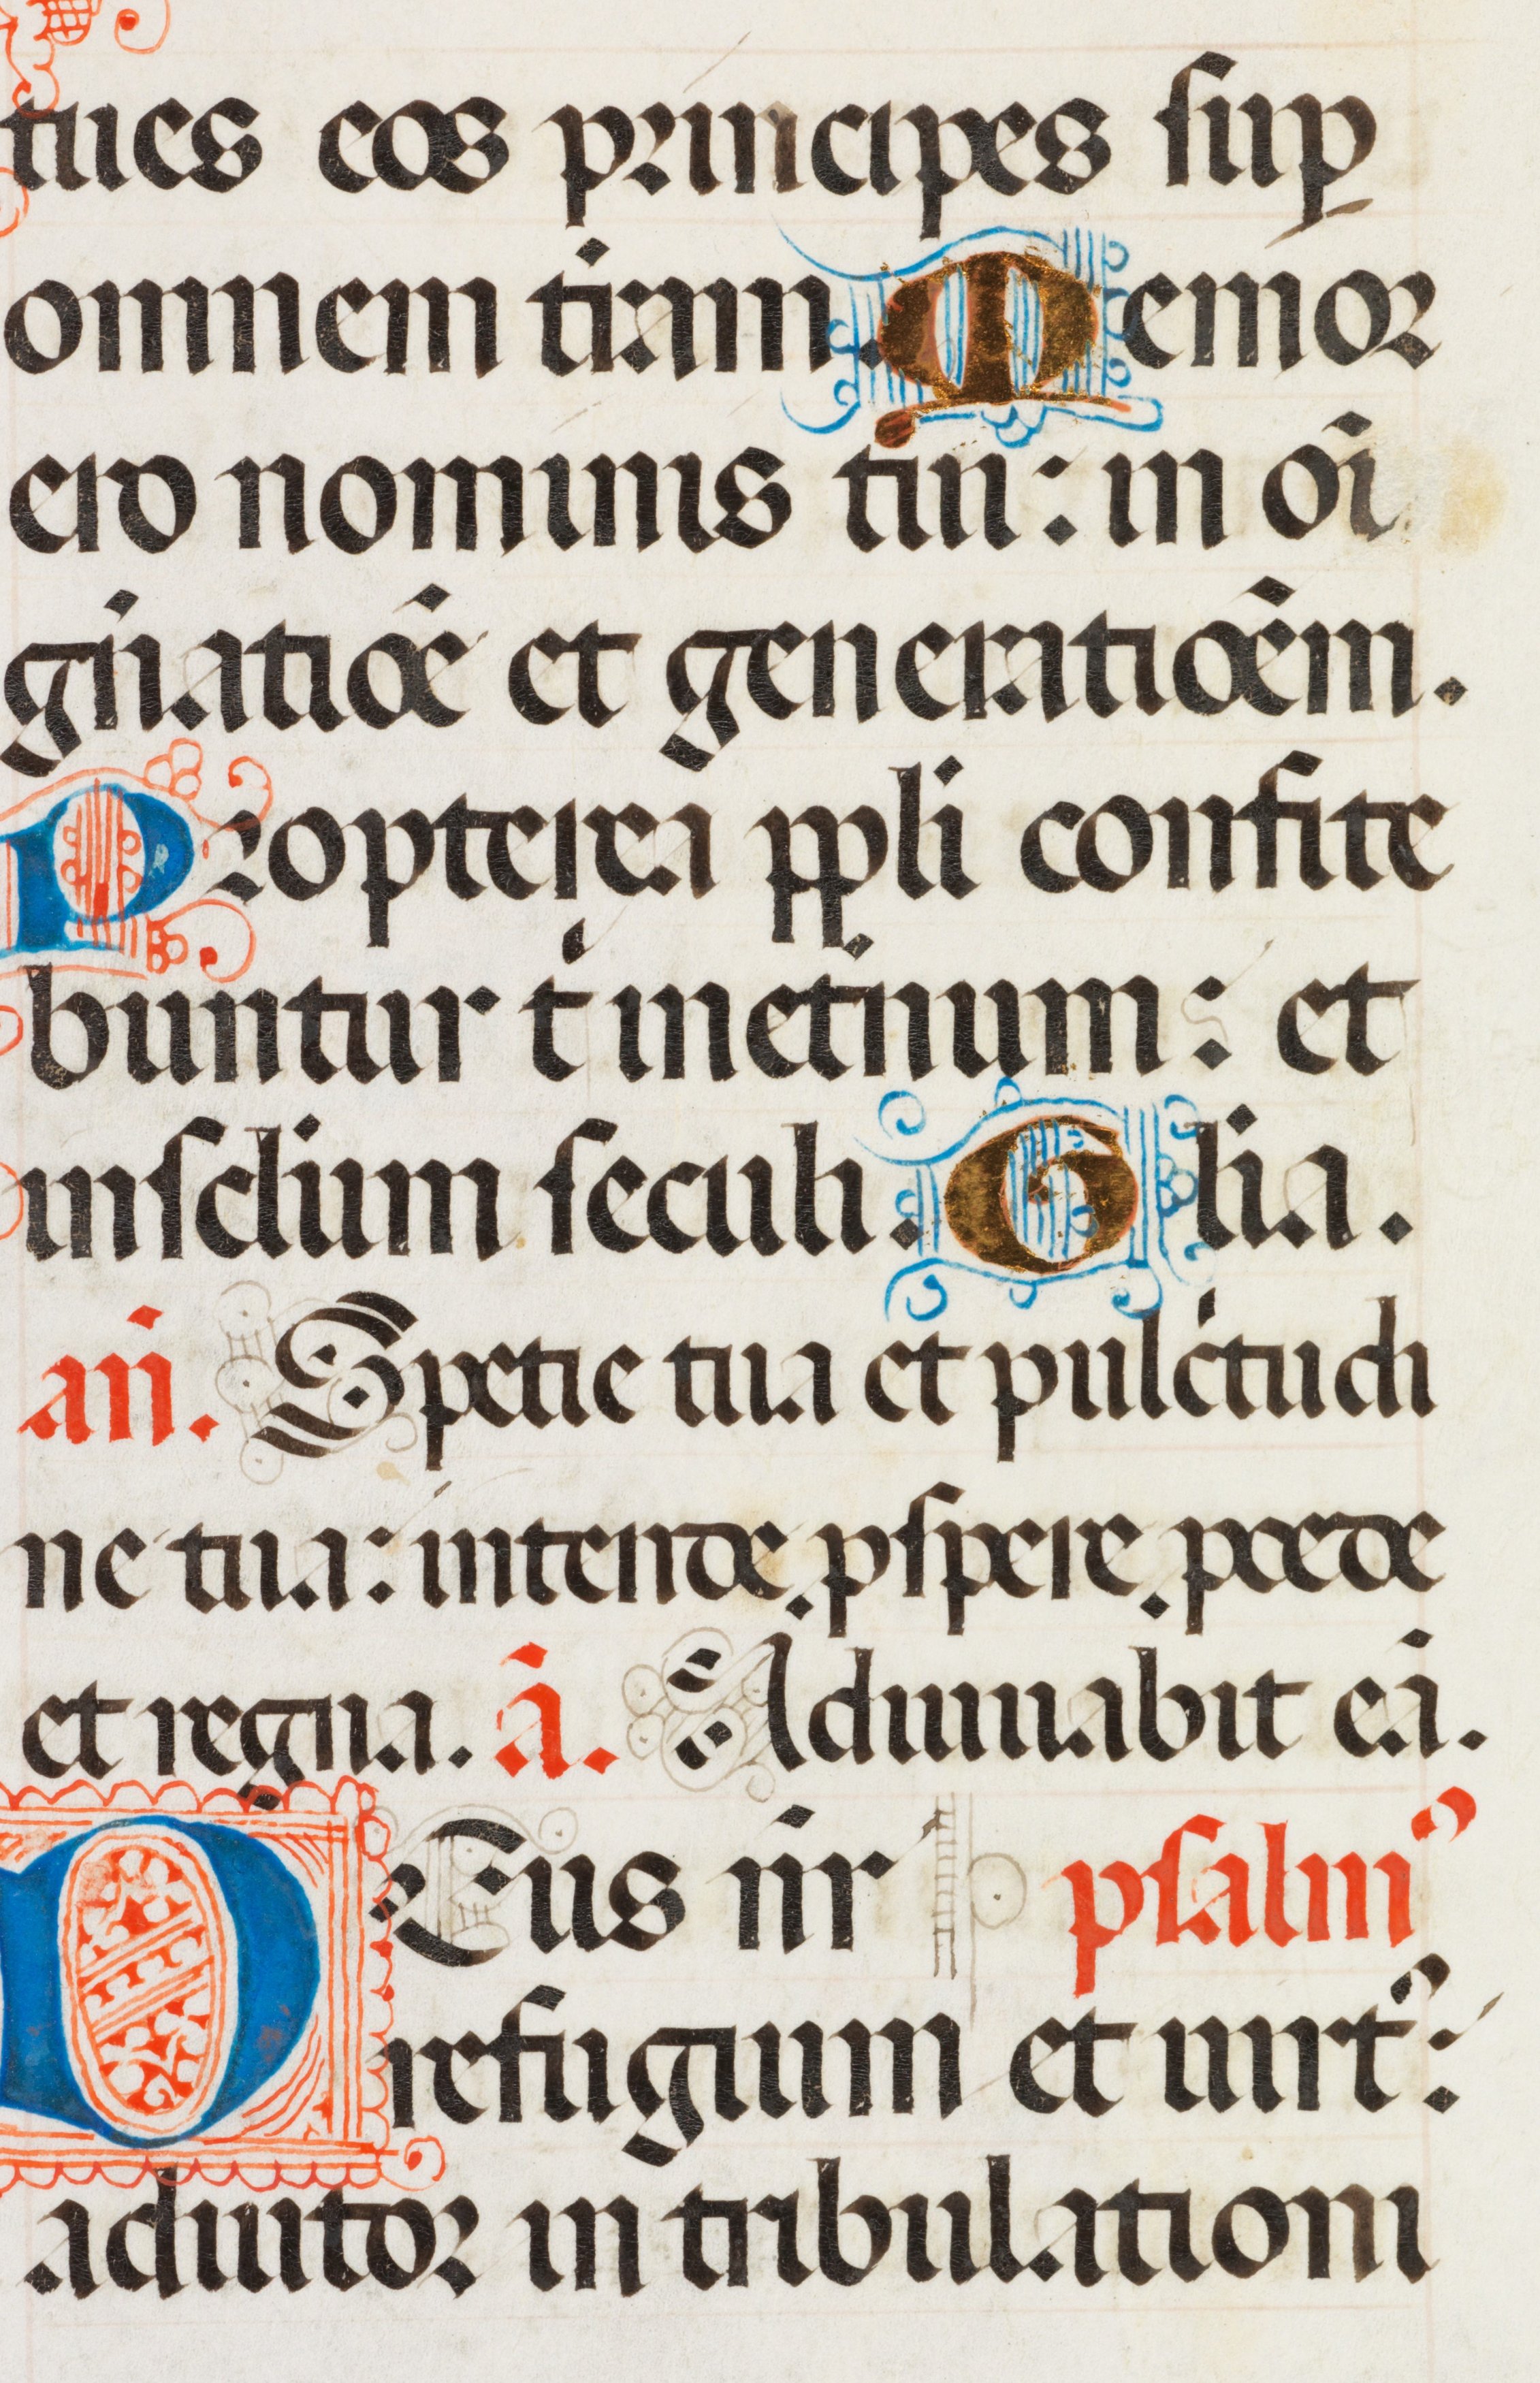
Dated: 1470–1475